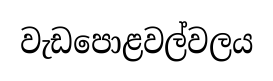
වැඩපොළවල්වලය